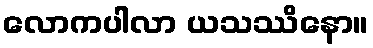
လောကပါလာ ယသဿိနော။